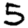
Digit: 5